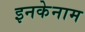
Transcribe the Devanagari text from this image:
इनकेनाम